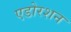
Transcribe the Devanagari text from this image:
एडोरशन